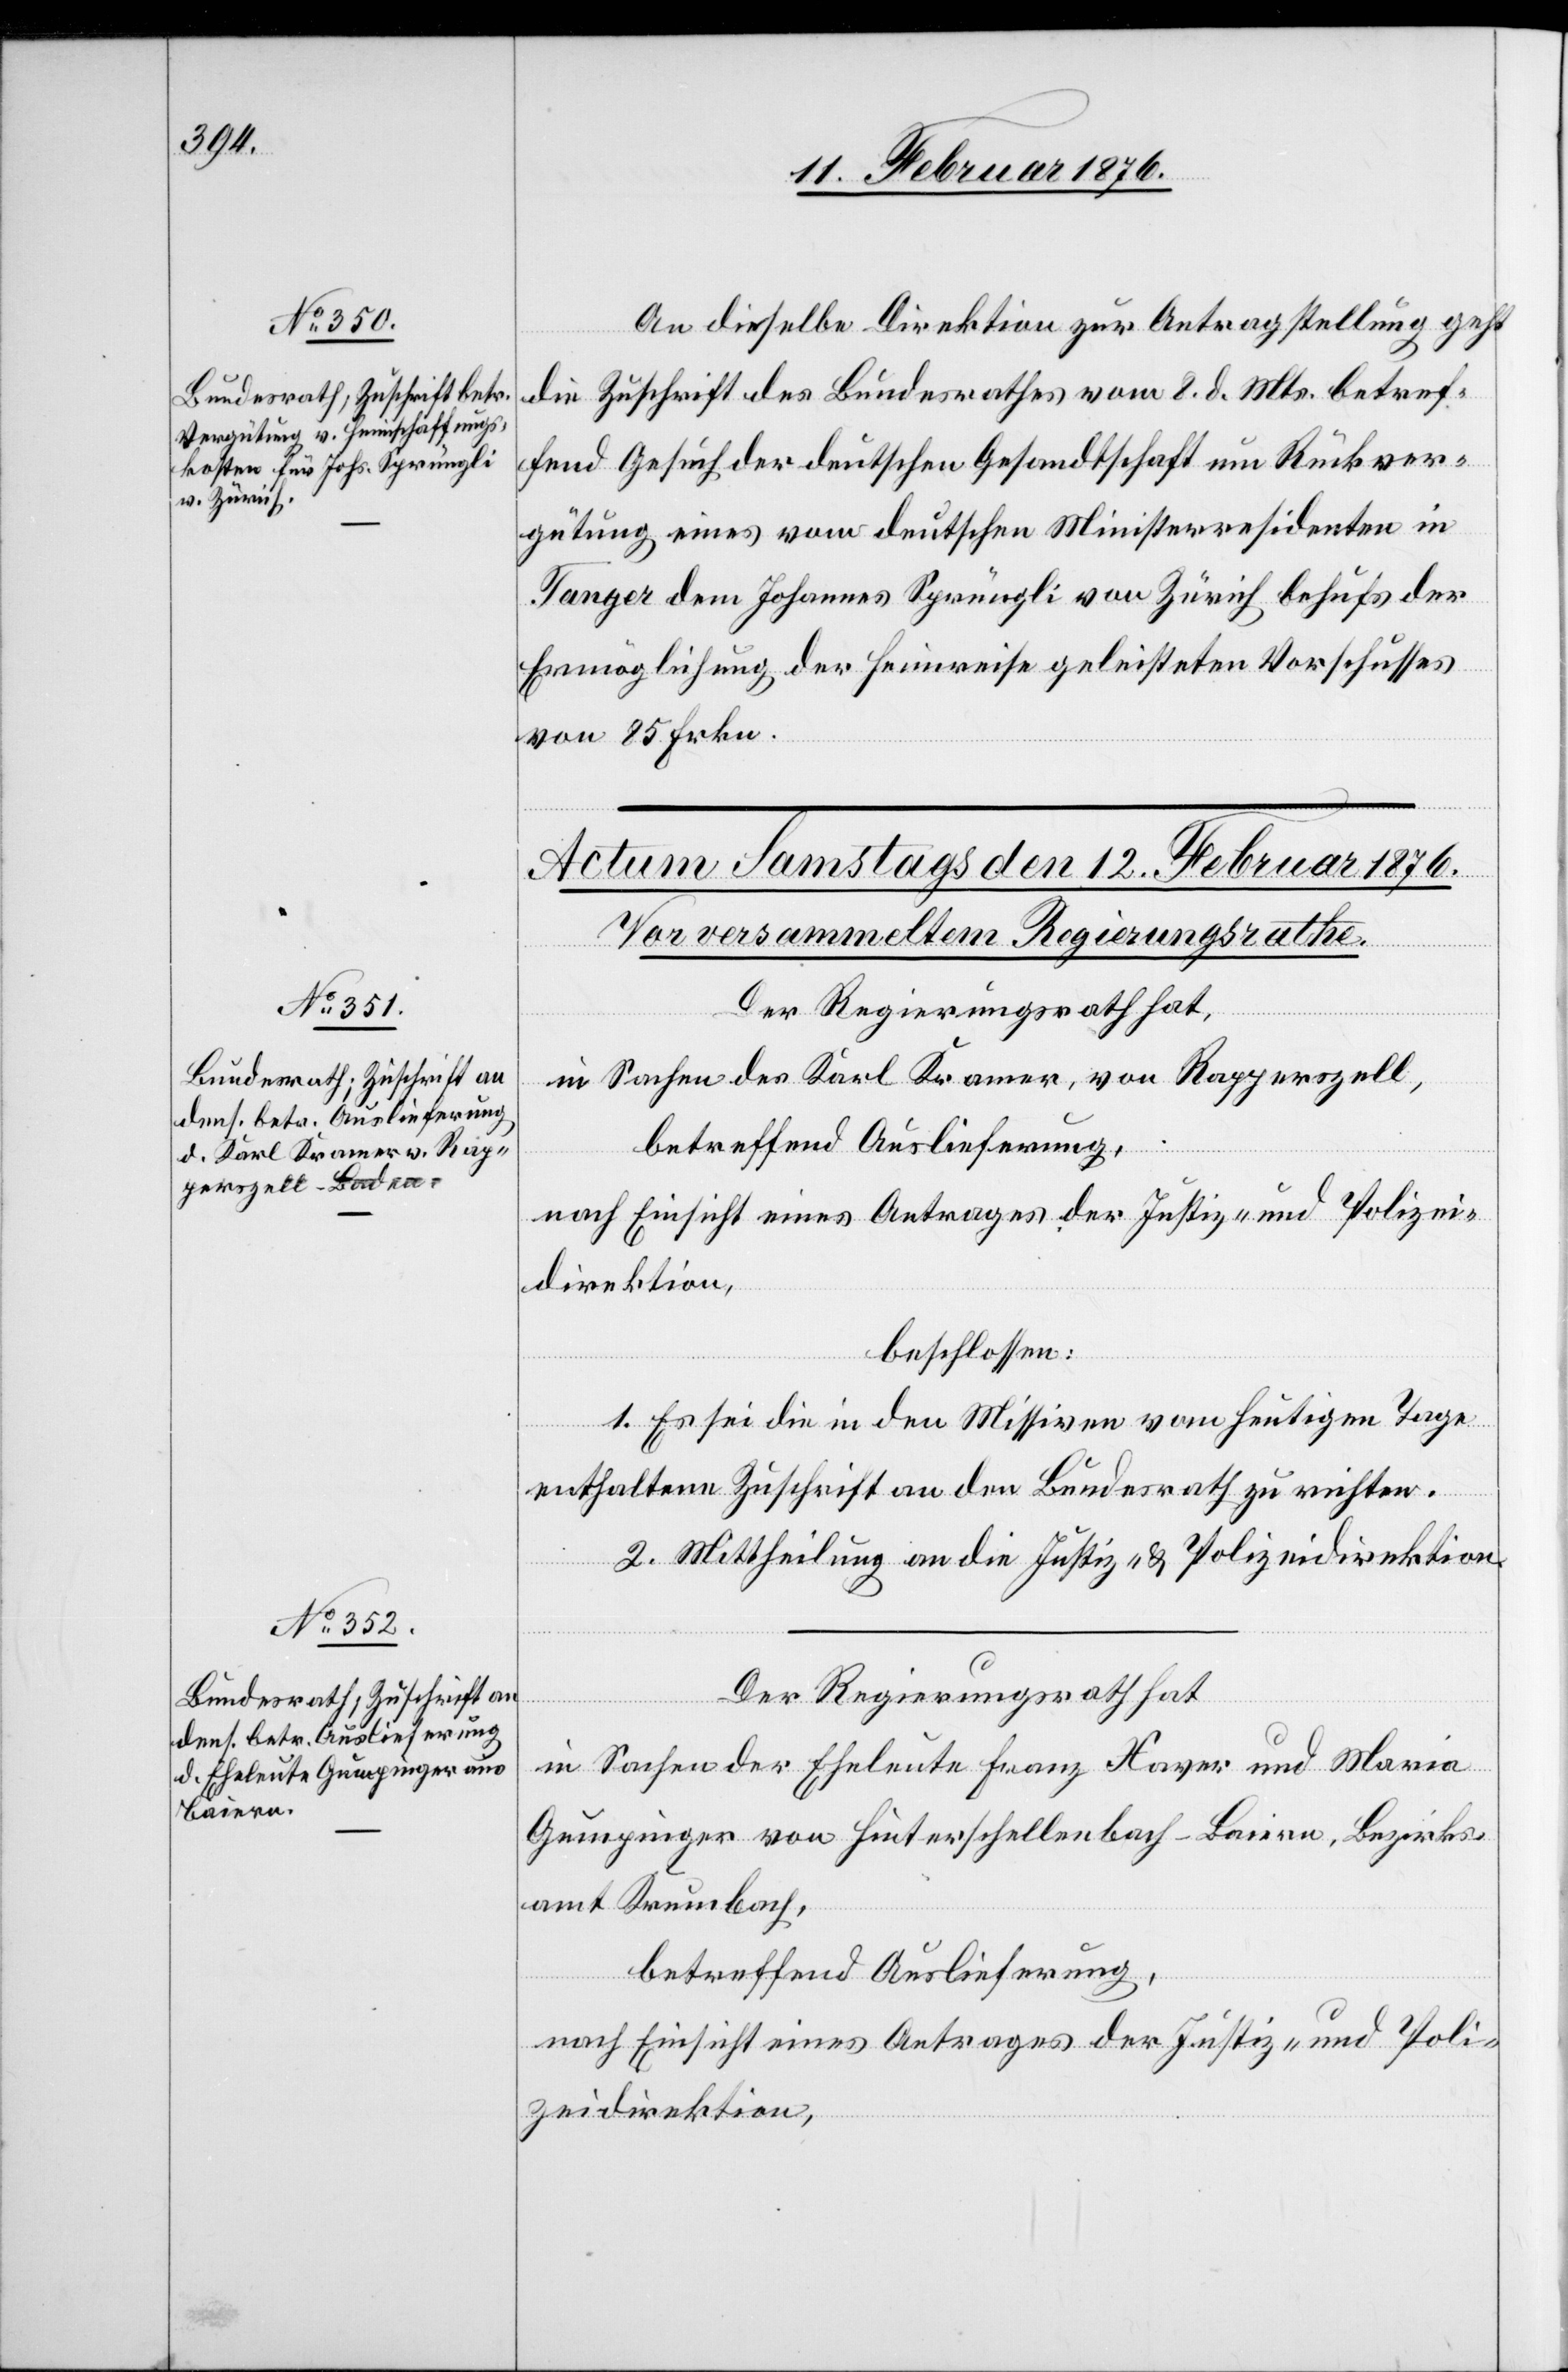
11. Februar 1876.]
An dieselbe Direktion zur Antragstellung geht
die Zuschrift des Bundesrathes vom 8. d. Mts. betref¬
fend Gesuch der deutschen Gesandtschaft um Rückver¬
gütung eines vom deutschen Ministerresidenten in
Tanger dem Johannes Sprüngli von Zürich behufs der
Ermöglichung der Heimreise geleisteten Vorschusses
von 25 Frkn.
Der Regierungsrath hat,
in Sachen des Karl Kramer, von Rapperszell,
betreffend Auslieferung,
nach Einsicht eines Antrages der Justiz und Polizei¬
direktion,
beschlossen:
1. Es sei die in den Missiven vom heutigen Tage
enthaltene Zuschrift an den Bundesrath zu richten.
2. Mittheilung an die Justiz- & Polizeidirektion.
Der Regierungsrath hat
in Sachen der Eheleute Franz Xaver und Maria
Gumpinger von Hinterschellenbach-Baiern, Bezirks¬
amt Krumbach,
betreffend Auslieferung,
nach Einsicht eines Antrages der Justiz- und Poli¬
zeidirektion,